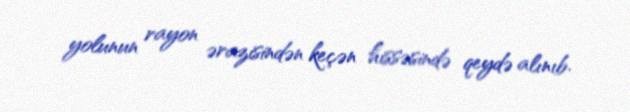
yolunun rayon ərazisindən keçən hissəsində qeydə alınıb.